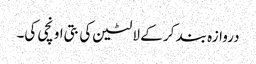
دروازہ بند کر کے لالٹین کی بتی اونچی کی۔